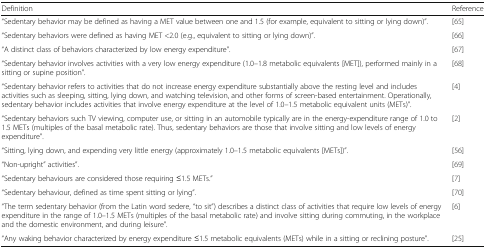
| Definition | Reference |
 | --- | --- |
 | “Sedentary behavior may be defined as having a MET value between one and 1.5 (for example, equivalent to sitting or lying down)”. | [65] |
 | “Sedentary behaviors were defined as having MET <2.0 (e.g., equivalent to sitting or lying down)”. | [66] |
 | “A distinct class of behaviors characterized by low energy expenditure”. | [67] |
 | “Sedentary behavior involves activities with a very low energy expenditure (1.0–1.8 metabolic equivalents [MET]), performed mainly in a sitting or supine position”. | [68] |
 | “Sedentary behavior refers to activities that do not increase energy expenditure substantially above the resting level and includes activities such as sleeping, sitting, lying down, and watching television, and other forms of screen-based entertainment. Operationally, sedentary behavior includes activities that involve energy expenditure at the level of 1.0–1.5 metabolic equivalent units (METs)”. | [4] |
 | “Sedentary behaviors such TV viewing, computer use, or sitting in an automobile typically are in the energy-expenditure range of 1.0 to 1.5 METs (multiples of the basal metabolic rate). Thus, sedentary behaviors are those that involve sitting and low levels of energy expenditure”. | [2] |
 | “Sitting, lying down, and expending very little energy (approximately 1.0–1.5 metabolic equivalents [METs])”. | [56] |
 | “Non-upright” activities”. | [69] |
 | “Sedentary behaviours are considered those requiring ≤1.5 METs.” | [7] |
 | “Sedentary behaviour, defined as time spent sitting or lying”. | [70] |
 | “The term sedentary behavior (from the Latin word sedere, “to sit”) describes a distinct class of activities that require low levels of energy expenditure in the range of 1.0–1.5 METs (multiples of the basal metabolic rate) and involve sitting during commuting, in the workplace and the domestic environment, and during leisure”. | [6] |
 | “Any waking behavior characterized by energy expenditure ≤1.5 metabolic equivalents (METs) while in a sitting or reclining posture”. | [25] |